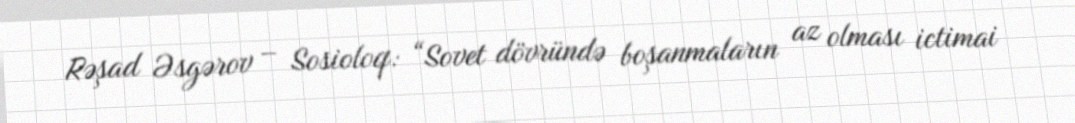
Rəşad Əsgərov – Sosioloq: “Sovet dövründə boşanmaların az olması ictimai